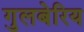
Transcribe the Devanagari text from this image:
गुलबेरिय